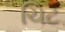
ચિટ